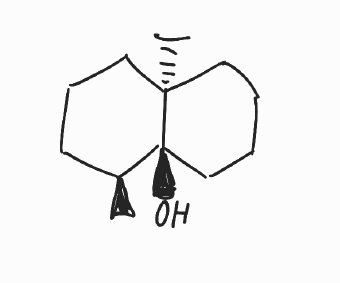
Simplified molecular-input line-entry system (SMILES) notation of the given molecule:
C[C@H]1CCC[C@@]2([C@@]1(CCCC2)O)C